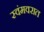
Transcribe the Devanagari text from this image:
स्वंमवरात